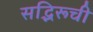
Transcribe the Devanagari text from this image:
सद्भिरूची